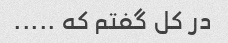
در کل گفتم که .....